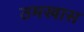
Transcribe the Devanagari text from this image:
ठमखास